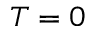
T = 0